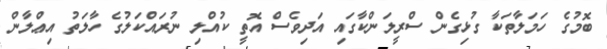
ބޮމުގެ ހަމަލާތަކާ ގުޅިގެން ސްރީލަންކާގައި އަދިވެސް އޮތީ ކުއްލި ނުރައްކަލުގެ ހާލަތު އިޢްލާން